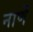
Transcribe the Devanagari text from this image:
नाणें